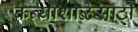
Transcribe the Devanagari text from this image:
कन्याशाळेसाठी